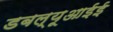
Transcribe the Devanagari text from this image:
डबल्यूआईई